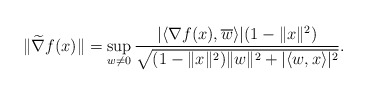
\begin{align*} \|\widetilde \nabla f(x)\| = \sup_{w\ne 0} \frac{|\langle \nabla f(x), {\overline w }\rangle| (1 -\|x\|^2)}{\sqrt{(1 - \|x\|^2) \|w\|^2 + |\langle w,x \rangle|^2}}.\end{align*}